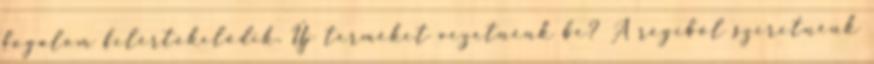
fogalom felértékelődik. Új terméket vezetnénk be? A régiből szeretnénk